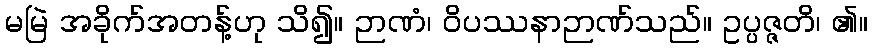
မမြဲ အခိုက်အတန့်ဟု သိ၍။ ဉာဏံ၊ ဝိပဿနာဉာဏ်သည်။ ဥပ္ပဇ္ဇတိ၊ ၏။